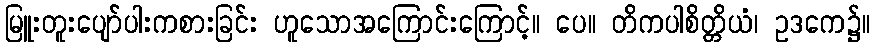
မြူးတူးပျော်ပါးကစားခြင်း ဟူသောအကြောင်းကြောင့်။ ပေ။ တိကပါစိတ္တိယံ၊ ဥဒကေ၌။